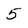
Character: 5